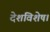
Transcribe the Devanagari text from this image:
देशविशेष।